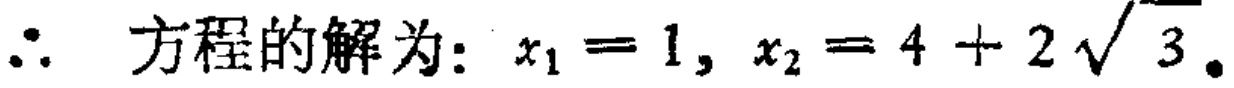
\(\therefore\) 方程的解为：\(x_1 = 1, x_2 = 4 + 2\sqrt{3}\)。